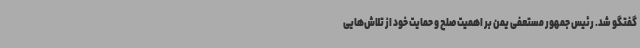
گفتگو شد. رئیس جمهور مستعفی یمن بر اهمیت صلح و حمایت خود از تلاش‌هایی